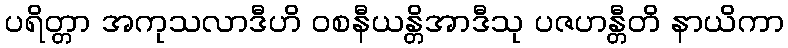
ပရိတ္တာ အကုသလာဒီဟိ ဝစနီယန္တိအာဒီသု ပဇဟန္တီတိ နာယိကာ